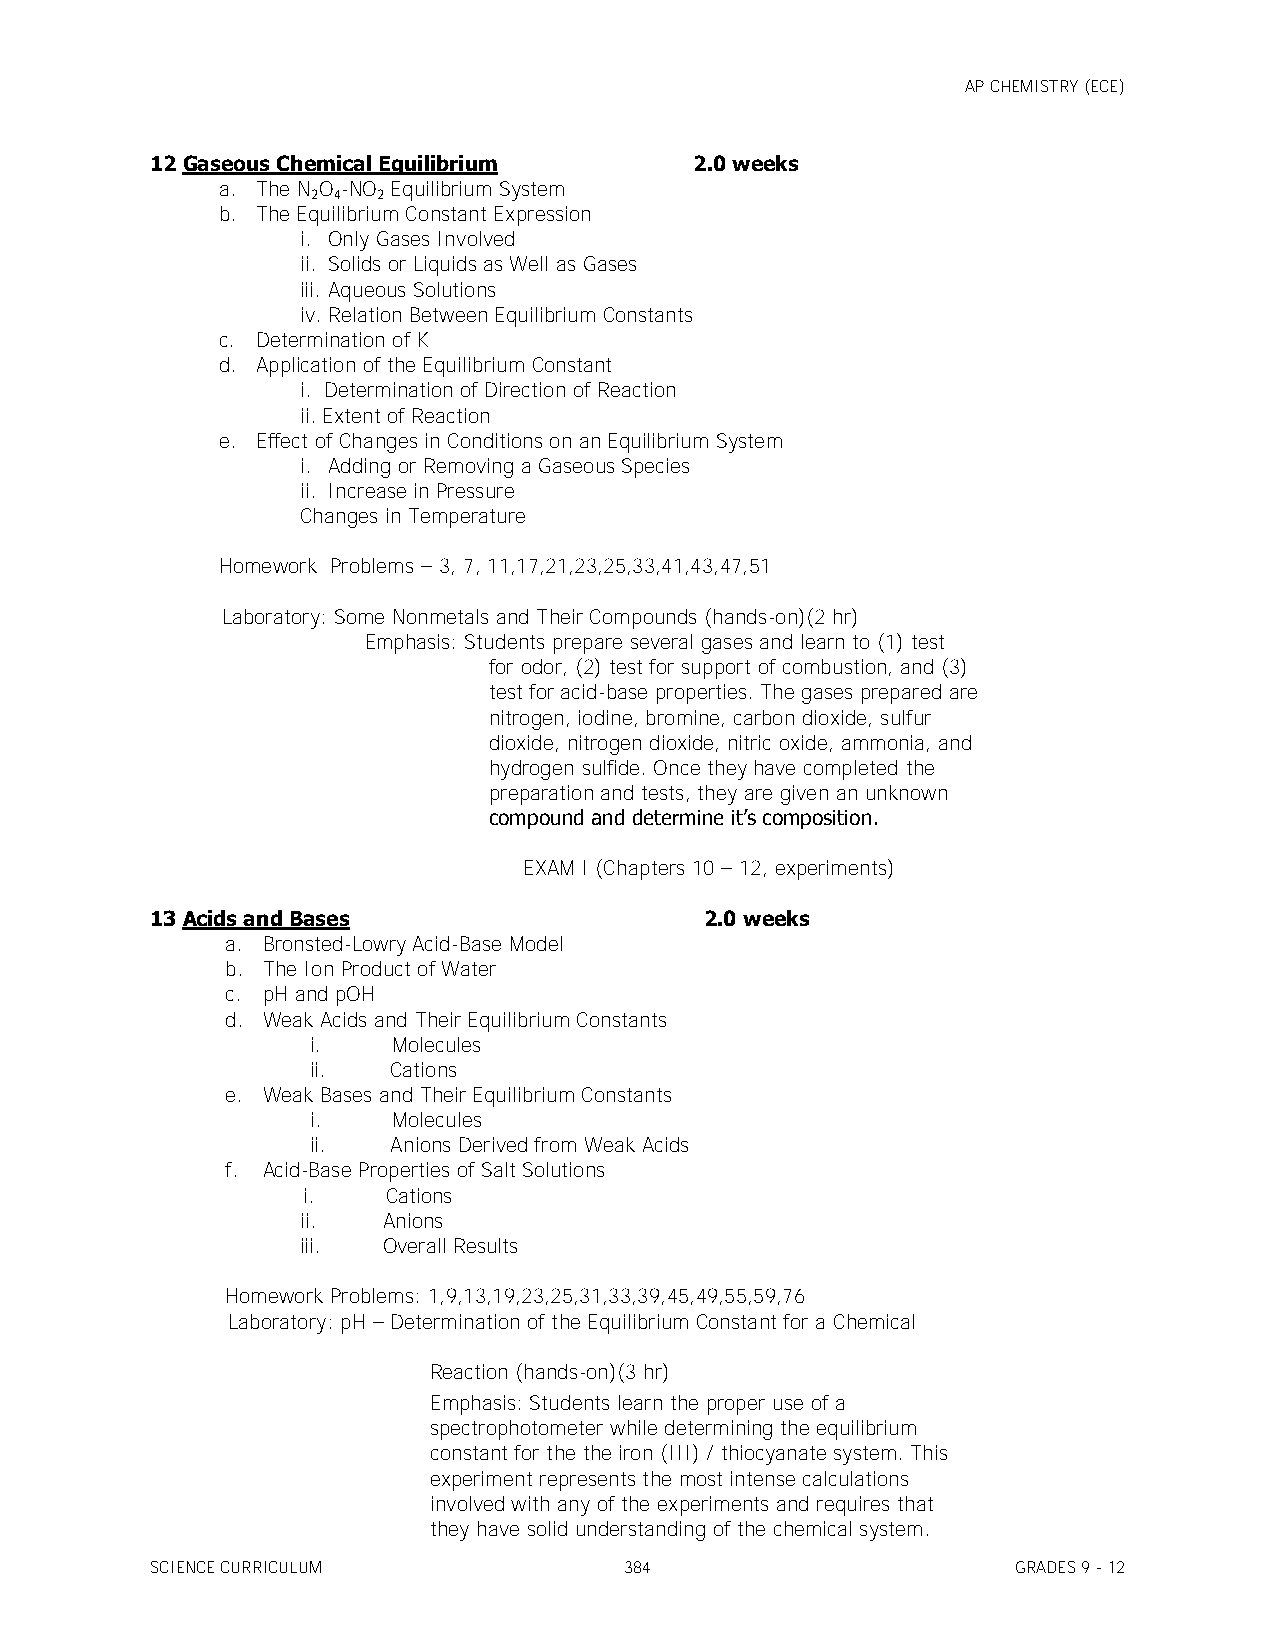
AP CHEMISTRY (ECE)
 12 Gaseous Chemical Equilibrium     2.0 weeks
 a. The N O -NO Equilibrium System
 2 4 2
 b. The Equilibrium Constant Expression
 i. Only Gases Involved
 ii. Solids or Liquids as Well as Gases
 iii. Aqueous Solutions
 iv. Relation Between Equilibrium Constants
 c. Determination of K
 d. Application of the Equilibrium Constant
 i. Determination of Direction of Reaction
 ii. Extent of Reaction
 e. Effect of Changes in Conditions on an Equilibrium System
 i. Adding or Removing a Gaseous Species
 ii. Increase in Pressure
 Changes in Temperature
 Homework Problems – 3, 7, 11,17,21,23,25,33,41,43,47,51
 Laboratory: Some Nonmetals and Their Compounds (hands-on)(2 hr)
 Emphasis: Students prepare several gases and learn to (1) test
 for odor, (2) test for support of combustion, and (3)
 test for acid-base properties. The gases prepared are
 nitrogen, iodine, bromine, carbon dioxide, sulfur
 dioxide, nitrogen dioxide, nitric oxide, ammonia, and
 hydrogen sulfide. Once they have completed the
 preparation and tests, they are given an unknown
 compound and determine it’s composition.
 EXAM I (Chapters 10 – 12, experiments)
 13 Acids and Bases                   2.0 weeks
 a. Bronsted-Lowry Acid-Base Model
 b. The Ion Product of Water
 c. pH and pOH
 d. Weak Acids and Their Equilibrium Constants
 i.    Molecules
 ii.   Cations
 e. Weak Bases and Their Equilibrium Constants
 i.   Molecules
 ii.  Anions Derived from Weak Acids
 f. Acid-Base Properties of Salt Solutions
 i.    Cations
 ii.  Anions
 iii. Overall Results
 Homework Problems: 1,9,13,19,23,25,31,33,39,45,49,55,59,76
 Laboratory: pH – Determination of the Equilibrium Constant for a Chemical
 Reaction (hands-on)(3 hr)
 Emphasis: Students learn the proper use of a
 spectrophotometer while determining the equilibrium
 constant for the the iron (III) / thiocyanate system. This
 experiment represents the most intense calculations
 involved with any of the experiments and requires that
 they have solid understanding of the chemical system.
 SCIENCE CURRICULUM             384                       GRADES 9 - 12